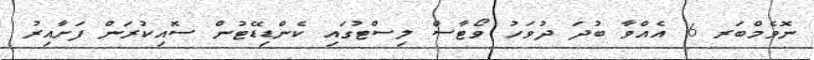
ނޮވެމްބަރ 6 އެއްވާ ބުދަ ދުވަހު ވޯޓާސް ލިސްޓުގައި ކެންޑިޑޭޓުން ސޮއިކުރަން ފަށާއިރު